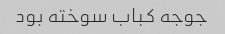
جوجه کباب سوخته بود